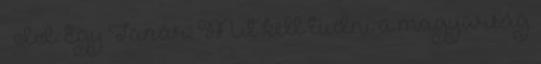
– II. Egy Tanár: Mit kell tudni a magyarság